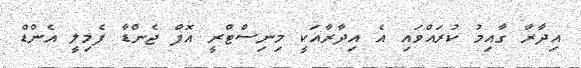
އިދާރާ ގާއިމު ކުރައްވައި އެ އިދާރާއަކީ މިނިސްޓްރީ އޮފް ޖެންޑާ ފެމިލީ އެންޑް